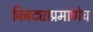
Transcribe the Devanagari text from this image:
बिबट्याप्रमाणेच